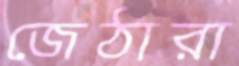
জেঠারা